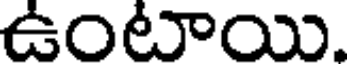
ఉంటాయి.